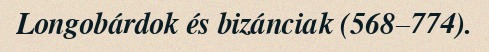
Longobárdok és bizánciak (568–774).